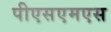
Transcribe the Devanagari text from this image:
पीएसएमएस